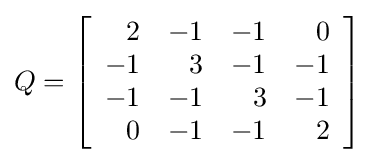
Q=\left[{\begin{array}{rrrr}2&-1&-1&0\\-1&3&-1&-1\\-1&-1&3&-1\\0&-1&-1&2\end{array}}\right]